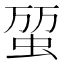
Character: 𧊪